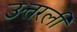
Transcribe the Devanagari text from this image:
उत्तरली